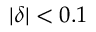
| \delta | < 0 . 1 \